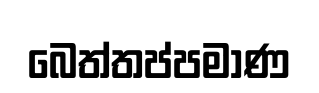
බෙත්තප්පමාණ